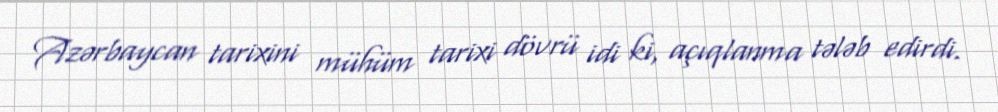
Azərbaycan tarixini mühüm tarixi dövrü idi ki, açıqlanma tələb edirdi.